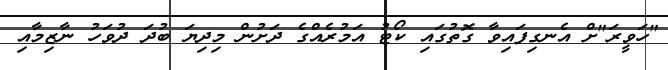
"ހަވީރަ"ށް އެނގިފައިވާ ގޮތުގައި ކޯޓު އަމުރެއްގެ ދަށުން މިދިޔަ ބުދަ ދުވަހު ނާޒިމާއި